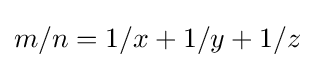
m/n=1/x+1/y+1/z